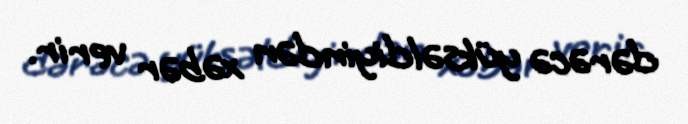
dərəcə yüksəldiyindən xəbər verir.